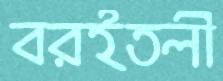
বরইতলী